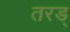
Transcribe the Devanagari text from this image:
तरड्